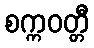
စက္ကဝတ္တီ